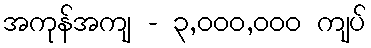
အကုန်အကျ - ၃,၀၀၀,၀၀၀ ကျပ်